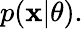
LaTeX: p(\mathbf{x}|\mathbf{\theta}).